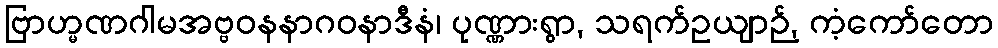
ဗြာဟ္မဏဂါမအဗ္ဗဝနနာဂဝနာဒီနံ၊ ပုဏ္ဏားရွာ, သရက်ဥယျာဉ်, ကံ့ကော်တော